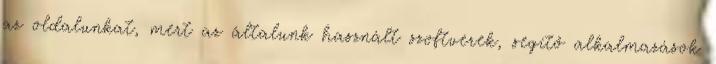
az oldalunkat, mert az általunk használt szoftverek, segítő alkalmazások